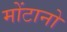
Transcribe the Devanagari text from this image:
मोंटानो